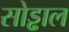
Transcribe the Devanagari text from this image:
सोड्ढाल